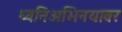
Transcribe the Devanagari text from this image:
ध्वनिअभिनयावर